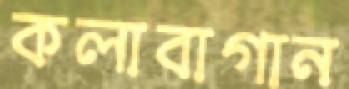
কলাবাগান